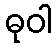
ဓုဝါ